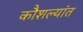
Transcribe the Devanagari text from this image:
कौशल्यांत